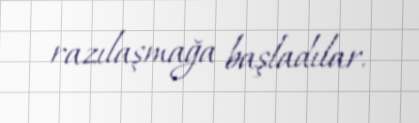
razılaşmağa başladılar.